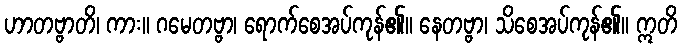
ဟာတဗ္ဗာတိ၊ ကား။ ဂမေတဗ္ဗာ၊ ရောက်စေအပ်ကုန်၏။ နေတဗ္ဗာ၊ သိစေအပ်ကုန်၏။ ဣတိ